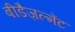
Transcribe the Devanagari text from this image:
बीडैज़ल्मेंट